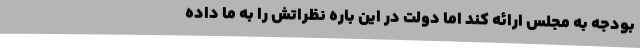
بودجه به مجلس ارائه کند اما دولت در این باره نظراتش را به ما داده